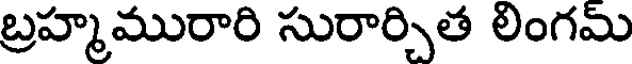
బ్రహ్మమురారి సురార్చిత లింగమ్